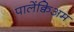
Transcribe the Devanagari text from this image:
पालेंक्विअम